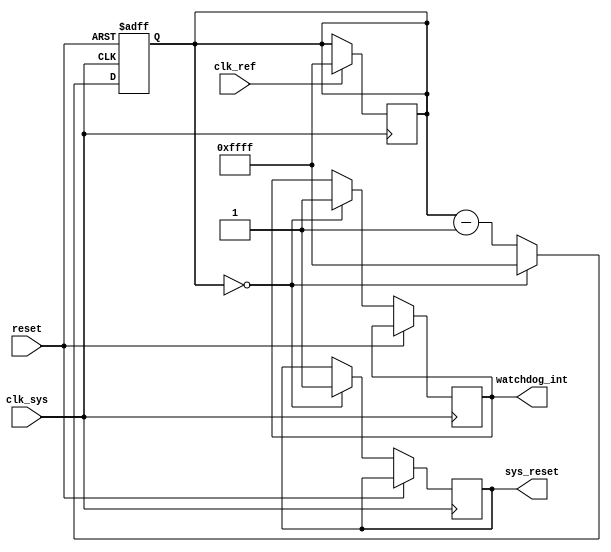
module watchdog_timer (
    input wire clk_sys,      // System clock input
    input wire clk_ref,      // Reference clock input
    input wire reset,        // Reset input
    output reg watchdog_int, // Watchdog interrupt output
    output reg sys_reset     // System reset output
);

reg [15:0] counter;  // 16-bit counter for watchdog timer

// Counter logic
always @(posedge clk_sys or posedge reset) begin
    if (reset) begin
        counter <= 16'd65535; // Initialize counter with preset value
    end else if (counter == 16'd0) begin
        watchdog_int <= 1; // Set watchdog interrupt signal
        sys_reset <= 1;    // Trigger system reset
        counter <= 16'd65535; // Reset counter
    end else begin
        counter <= counter - 1; // Decrement counter
    end
end

// Synchronization blocks
always @(posedge clk_sys) begin
    // Synchronize signals from reference clock domain
    if (clk_ref) begin
        // Update watchdog timer with reference signal
        counter <= 16'd65535;
    end
end

endmodule